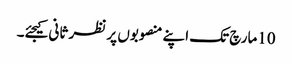
10مارچ تک اپنے منصوبوں پر نظر ثانی کیجئے۔